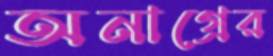
অনাগ্রের